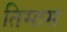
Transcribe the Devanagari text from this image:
तिमास